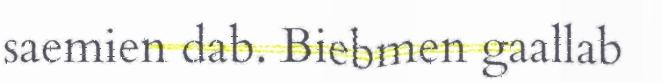
saemien dab. Biebmen gaallab